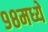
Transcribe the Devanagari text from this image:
९८मध्ये